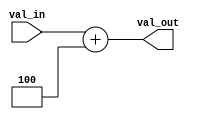
module sum4
(
 input wire[31:0] val_in,
 output wire [31:0] val_out
 );
 
	 assign val_out = val_in + 4;


endmodule